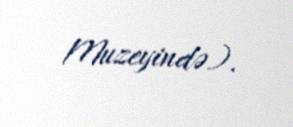
Muzeyində).